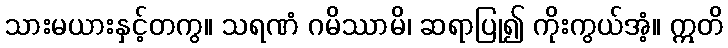
သားမယားနှင့်တကွ။ သရဏံ ဂမိဿာမိ၊ ဆရာပြု၍ ကိုးကွယ်အံ့။ ဣတိ